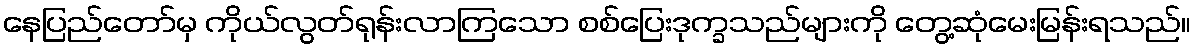
နေပြည်တော်မှ ကိုယ်လွတ်ရုန်းလာကြသော စစ်ပြေးဒုက္ခသည်များကို တွေ့ဆုံမေးမြန်းရသည်။